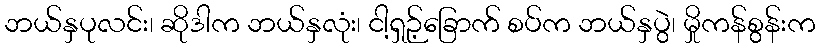
ဘယ်နှပုလင်း၊ ဆိုဒါက ဘယ်နှလုံး၊ ငါ့ရှဉ့်ခြောက် စပ်က ဘယ်နှပွဲ၊ မှိုကန်စွန်းက